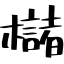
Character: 櫧